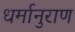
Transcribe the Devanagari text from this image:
धर्मानुराण